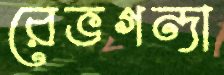
রেভগন্দা